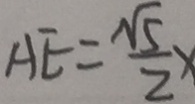
A E = \frac { \sqrt { 5 } } { 2 } x